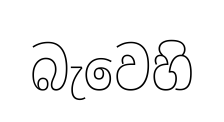
බැවෙහි